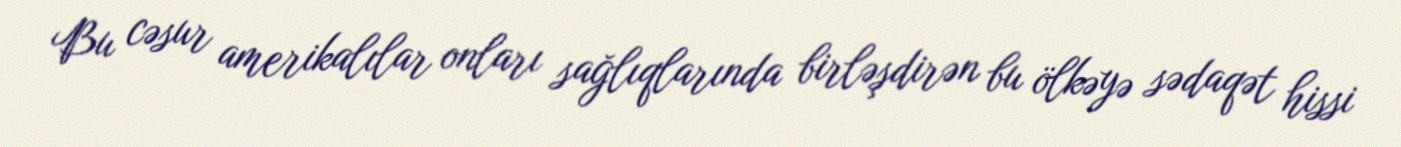
Bu cəsur amerikalılar onları sağlıqlarında birləşdirən bu ölkəyə sədaqət hissi